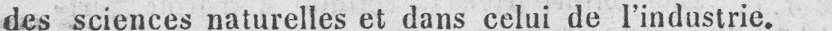
des sciences naturelles et dans celui de l’industrie.